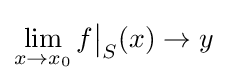
\lim _{x\to x_{0}}f{\big \vert }_{S}(x)\to y